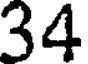
34